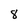
Character: 8